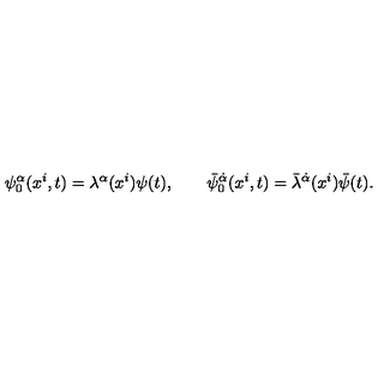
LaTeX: \psi _ { 0 } ^ { \alpha } ( x ^ { i } , t ) = \lambda ^ { \alpha } ( x ^ { i } ) \psi ( t ) , \qquad \bar { \psi } _ { 0 } ^ { \dot { \alpha } } ( x ^ { i } , t ) = \bar { \lambda } ^ { \dot { \alpha } } ( x ^ { i } ) \bar { \psi } ( t ) .